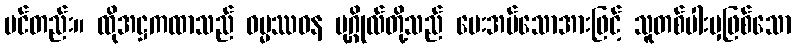
ပင်တည်း။ ထိုအဋ္ဌကထာသည် ဓမ္မဿဝန ပုဂ္ဂိုလ်တို့သည် မေးအပ်သောအားဖြင့် သူတစ်ပါးမှဖြစ်သော